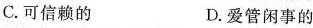
C.可信赖的 D.爱管闲事的